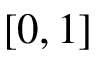
[ 0 , 1 ]